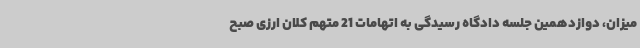
میزان، دوازدهمین جلسه دادگاه رسیدگی به اتهامات 21 متهم کلان ارزی صبح